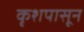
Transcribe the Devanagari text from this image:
कृशपासून